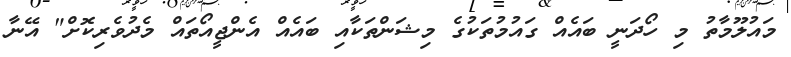
މައުލޫމާތު މި ހޯދަނީ ބައެއް ގައުމުތަކުގެ މިޝަންތަކާއި ބައެއް އެންޖީއޯތައް މެދުވެރިކޮށް" އޭނާ